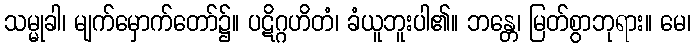
သမ္မုခါ၊ မျက်မှောက်တော်၌။ ပဋိဂ္ဂဟိတံ၊ ခံယူဘူးပါ၏။ ဘန္တေ၊ မြတ်စွာဘုရား။ မေ၊